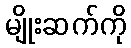
မျိုးဆက်ကို